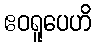
ဧဝရူပေဟိ